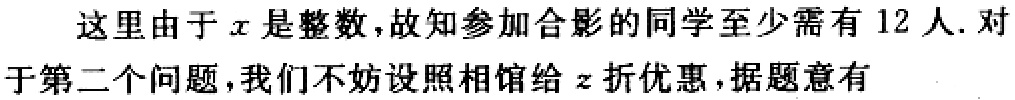
这里由于\(x\)是整数,故知参加合影的同学至少需有 \(12\) 人. 对于第二个问题,我们不妨设照相馆给 \(z\) 折优惠,据题意有